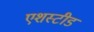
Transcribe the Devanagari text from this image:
एशस्टीड